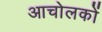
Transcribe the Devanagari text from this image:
आचोलकों